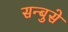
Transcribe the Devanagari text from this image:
सन्बुसे